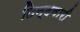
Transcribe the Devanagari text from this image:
तिन्‍दवारी